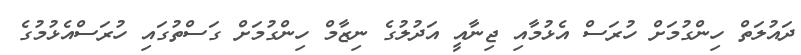
ދައުލަތް ހިންގުމަށް ހުރަސް އެޅުމާއި ޖިނާއީ އަދުލުގެ ނިޒާމް ހިންގުމަށް ގަސްތުގައި ހުރަސްއެޅުމުގެ